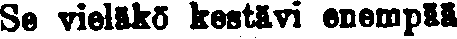
Se vieläkö kestävi enempää